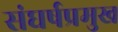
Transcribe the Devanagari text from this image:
संघर्षप्रमुख